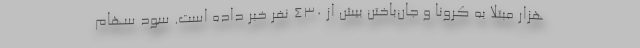
هزار مبتلا به کرونا و جان‌باختن بیش از 430 نفر خبر داده است. سود سهام